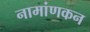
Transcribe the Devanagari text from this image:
नामांणकन